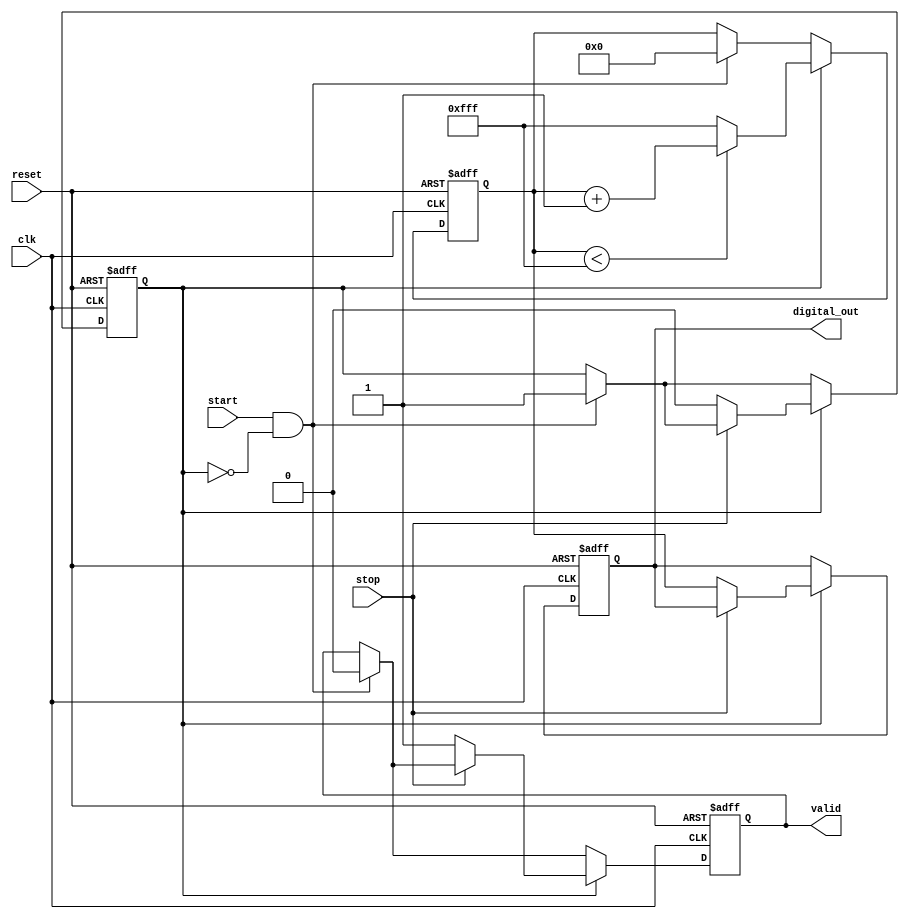
module TDC (
    input wire clk,               // High-frequency clock
    input wire start,             // Start signal (rising edge)
    input wire stop,              // Stop signal (falling edge)
    input wire reset,             // Reset signal
    output reg [11:0] digital_out, // Digital output from ADC
    output reg valid              // Valid output signal
);

    // Parameters for the TDC
    parameter ADC_RESOLUTION = 12; // ADC resolution (12 bits)
    parameter CURRENT_SOURCE = 1;    // Constant current source (arbitrary units)
    parameter MAX_COUNT = 4095;      // Maximum count for ADC (2^12 - 1)

    // Internal signals
    reg [11:0] capacitor_voltage;    // Voltage across the capacitor
    reg measuring;                   // Flag to indicate if measuring is active

    // State machine for control logic
    always @(posedge clk or posedge reset) begin
        if (reset) begin
            measuring <= 1'b0;
            valid <= 1'b0;
            digital_out <= 12'd0;
            capacitor_voltage <= 12'd0;
        end else begin
            if (start && !measuring) begin
                // Start the measuring process
                measuring <= 1'b1;
                capacitor_voltage <= 12'd0; // Reset capacitor voltage
                valid <= 1'b0; // Invalidate output initially
            end
            
            if (measuring) begin
                // Charge the capacitor while measuring time
                capacitor_voltage <= (capacitor_voltage < MAX_COUNT) ? (capacitor_voltage + CURRENT_SOURCE) : MAX_COUNT;
                
                if (!stop) begin
                    // Stop charging when stop signal is detected
                    measuring <= 1'b0;
                    digital_out <= capacitor_voltage; // Sample the voltage as digital output
                    valid <= 1'b1; // Mark output as valid
                end
            end
        end
    end

endmodule